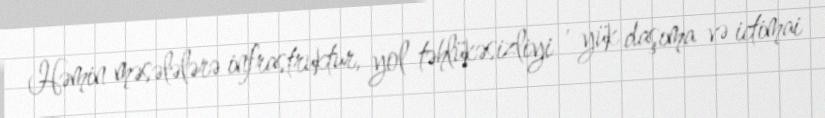
Həmin məsələlərə infrastruktur, yol təhlükəsizliyi , yük daşıma və ictimai